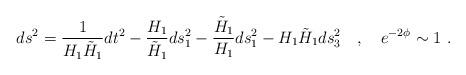
LaTeX: \begin{align*}ds^2 = \frac{1}{H_1 \tilde{H}_1} dt^2 - \frac{H_1}{\tilde{H}_1} ds^2_1 -\frac{\tilde{H}_1}{H_1} ds^2_1 - H_1 \tilde{H}_1 ds^2_3 \quad , \quad e^{-2 \phi} \sim 1 \ .\end{align*}